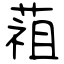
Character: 䔃